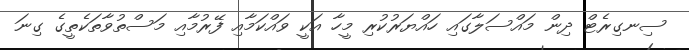
ސިނގިރެޓް ދިން މައްސަލާގައި ހައްޔަރުކުރި މީހާ އަކީ ވައްކަމާއި ފޭރުމާއި މަސްތުވާތަކެތީގެ ގިނަ